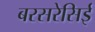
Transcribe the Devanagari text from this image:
बरसरेसिई